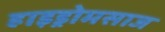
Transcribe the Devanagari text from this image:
हाइड्रोमसाज